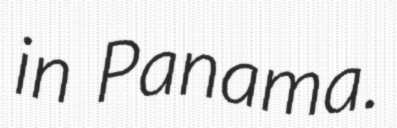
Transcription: in Panama.